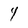
Character: 4